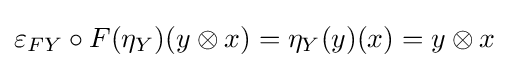
\varepsilon _{FY}\circ F(\eta _{Y})(y\otimes x)=\eta _{Y}(y)(x)=y\otimes x